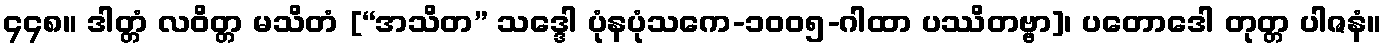
၄၄၈။ ဒါတ္တံ လဝိတ္တ မသိတံ [“အသိတ” သဒ္ဒေါ ပုံနပုံသကေ-၁၀၀၅-ဂါထာ ပဿိတဗ္ဗာ]၊ ပတောဒေါ တုတ္တ ပါဇနံ။